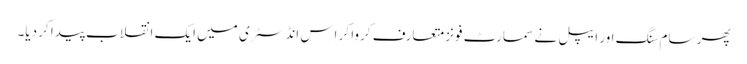
پھر سام سنگ اور ایپل نے سمارٹ فونز متعارف کروا کر اِس انڈسٹری میں ایک انقلاب پیدا کر دیا۔